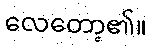
လေတော့၏။